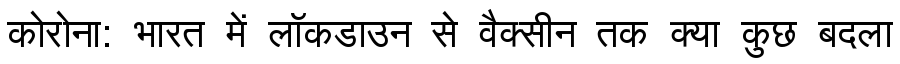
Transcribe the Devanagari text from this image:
कोरोना: भारत में लॉकडाउन से वैक्सीन तक क्या कुछ बदला